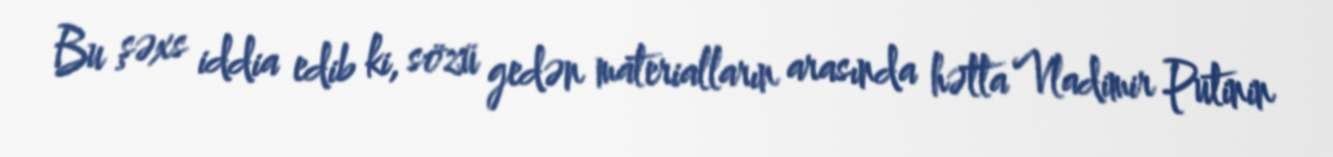
Bu şəxs iddia edib ki, sözü gedən materialların arasında hətta Vladimir Putinin